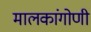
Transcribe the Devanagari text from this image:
मालकांगोणी